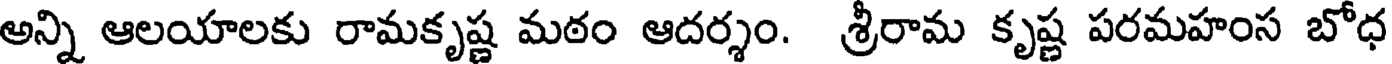
అన్ని ఆలయాలకు రామకృష్ణ మఠం ఆదర్శం. శ్రీరామ కృష్ణ పరమహంస బోధ